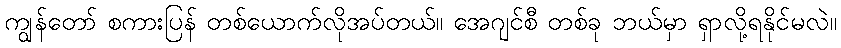
ကျွန်တော် စကားပြန် တစ်ယောက်လိုအပ်တယ်။ အေဂျင်စီ တစ်ခု ဘယ်မှာ ရှာလို့ရနိုင်မလဲ။